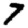
Digit: 7